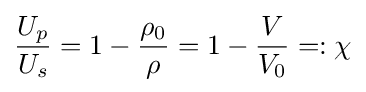
{\frac {U_{p}}{U_{s}}}=1-{\frac {\rho _{0}}{\rho }}=1-{\frac {V}{V_{0}}}=:\chi